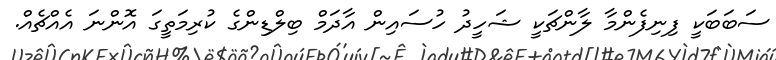
ސަބަބަކީ ފިނިފެންމާ ލާންޗަކީ ޝަހީދު ހުސައިން އާދަމް ބިލްޑިންގެ ކުރިމަތީގަ އޮންނަ އެއްޗެއް.